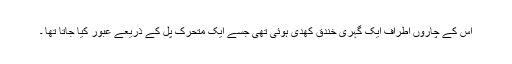
اس کے چاروں اطراف ایک گہری خندق کھدی ہوئی تھی جسے ایک متحرک پل کے ذریعے عبور کیا جاتا تھا ۔